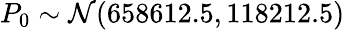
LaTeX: P_{0}\sim\mathcal{N}(658612.5,118212.5)